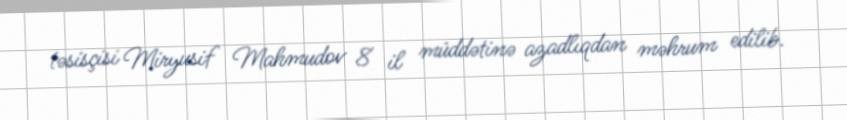
təsisçisi Miryusif Mahmudov 8 il müddətinə azadlıqdan məhrum edilib.